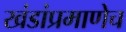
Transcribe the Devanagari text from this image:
खंडांप्रमाणेच